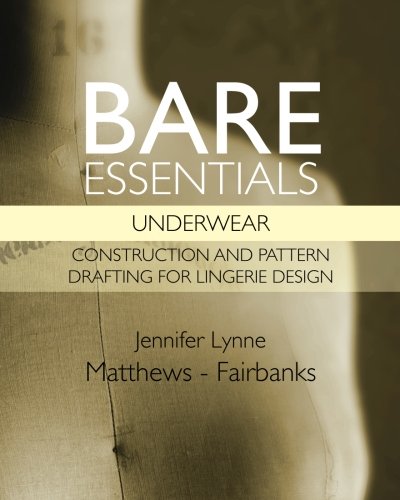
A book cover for Bare Essentials: Underwear: Construction and Pattern Drafting for Lingerie Design; Jennifer Lynne Matthews-Fairbanks; Business & Money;